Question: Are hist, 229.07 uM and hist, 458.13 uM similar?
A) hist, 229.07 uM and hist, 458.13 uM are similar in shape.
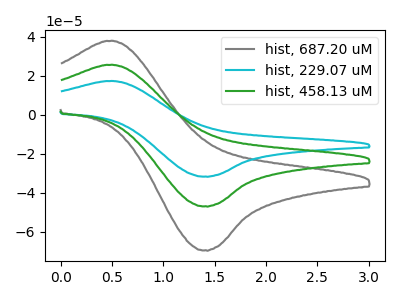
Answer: <think>The gray curve "hist, 687.20 uM" has an anodic peak at (0.50V, 51.05uA) and a cathodic peak at (1.40V, -93.75uA). The cyan curve "hist, 229.07 uM" has an anodic peak at (0.50V, 17.25uA) and a cathodic peak at (1.40V, -31.65uA). The green curve "hist, 458.13 uM" has an anodic peak at (0.50V, 25.55uA) and a cathodic peak at (1.40V, -46.90uA).
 All the peaks in "hist, 229.07 uM" have a peak in "hist, 458.13 uM" at the same potential. Every peak in "hist, 229.07 uM" is lower than every peak in "hist, 458.13 uM".</think>
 <answer>A) "hist, 229.07 uM" and "hist, 458.13 uM" are similar in shape.</answer>
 <eval>A</eval>